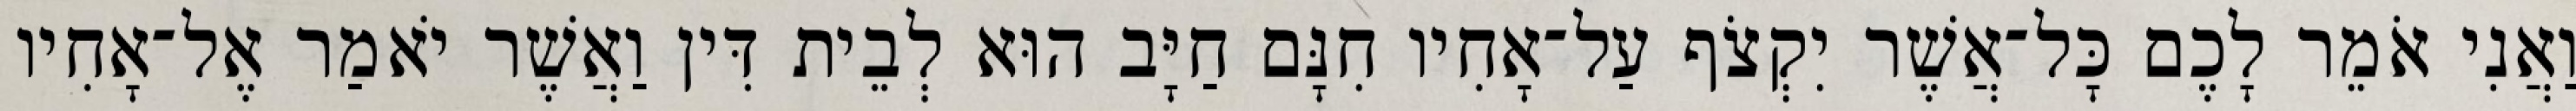
וַאֲנִי אֹמֵר לָכֶם כָּל־אֲשֶׁר יִקְצֹף עַל־אָחִיו חִנָּם חַיָּב הוּא לְבֵית דִּין וַאֲשֶׁר יֹאמַר אֶל־אָחִיו